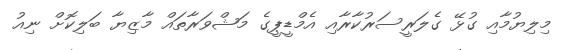
މިލިޔުމާއި ގުޅޭ ގެލަރީސަރުކާރާއި އެމްޑީޕީގެ މަޝްވަރާތައް މާޒިޔާ ބަލިކޮށް ނިއު